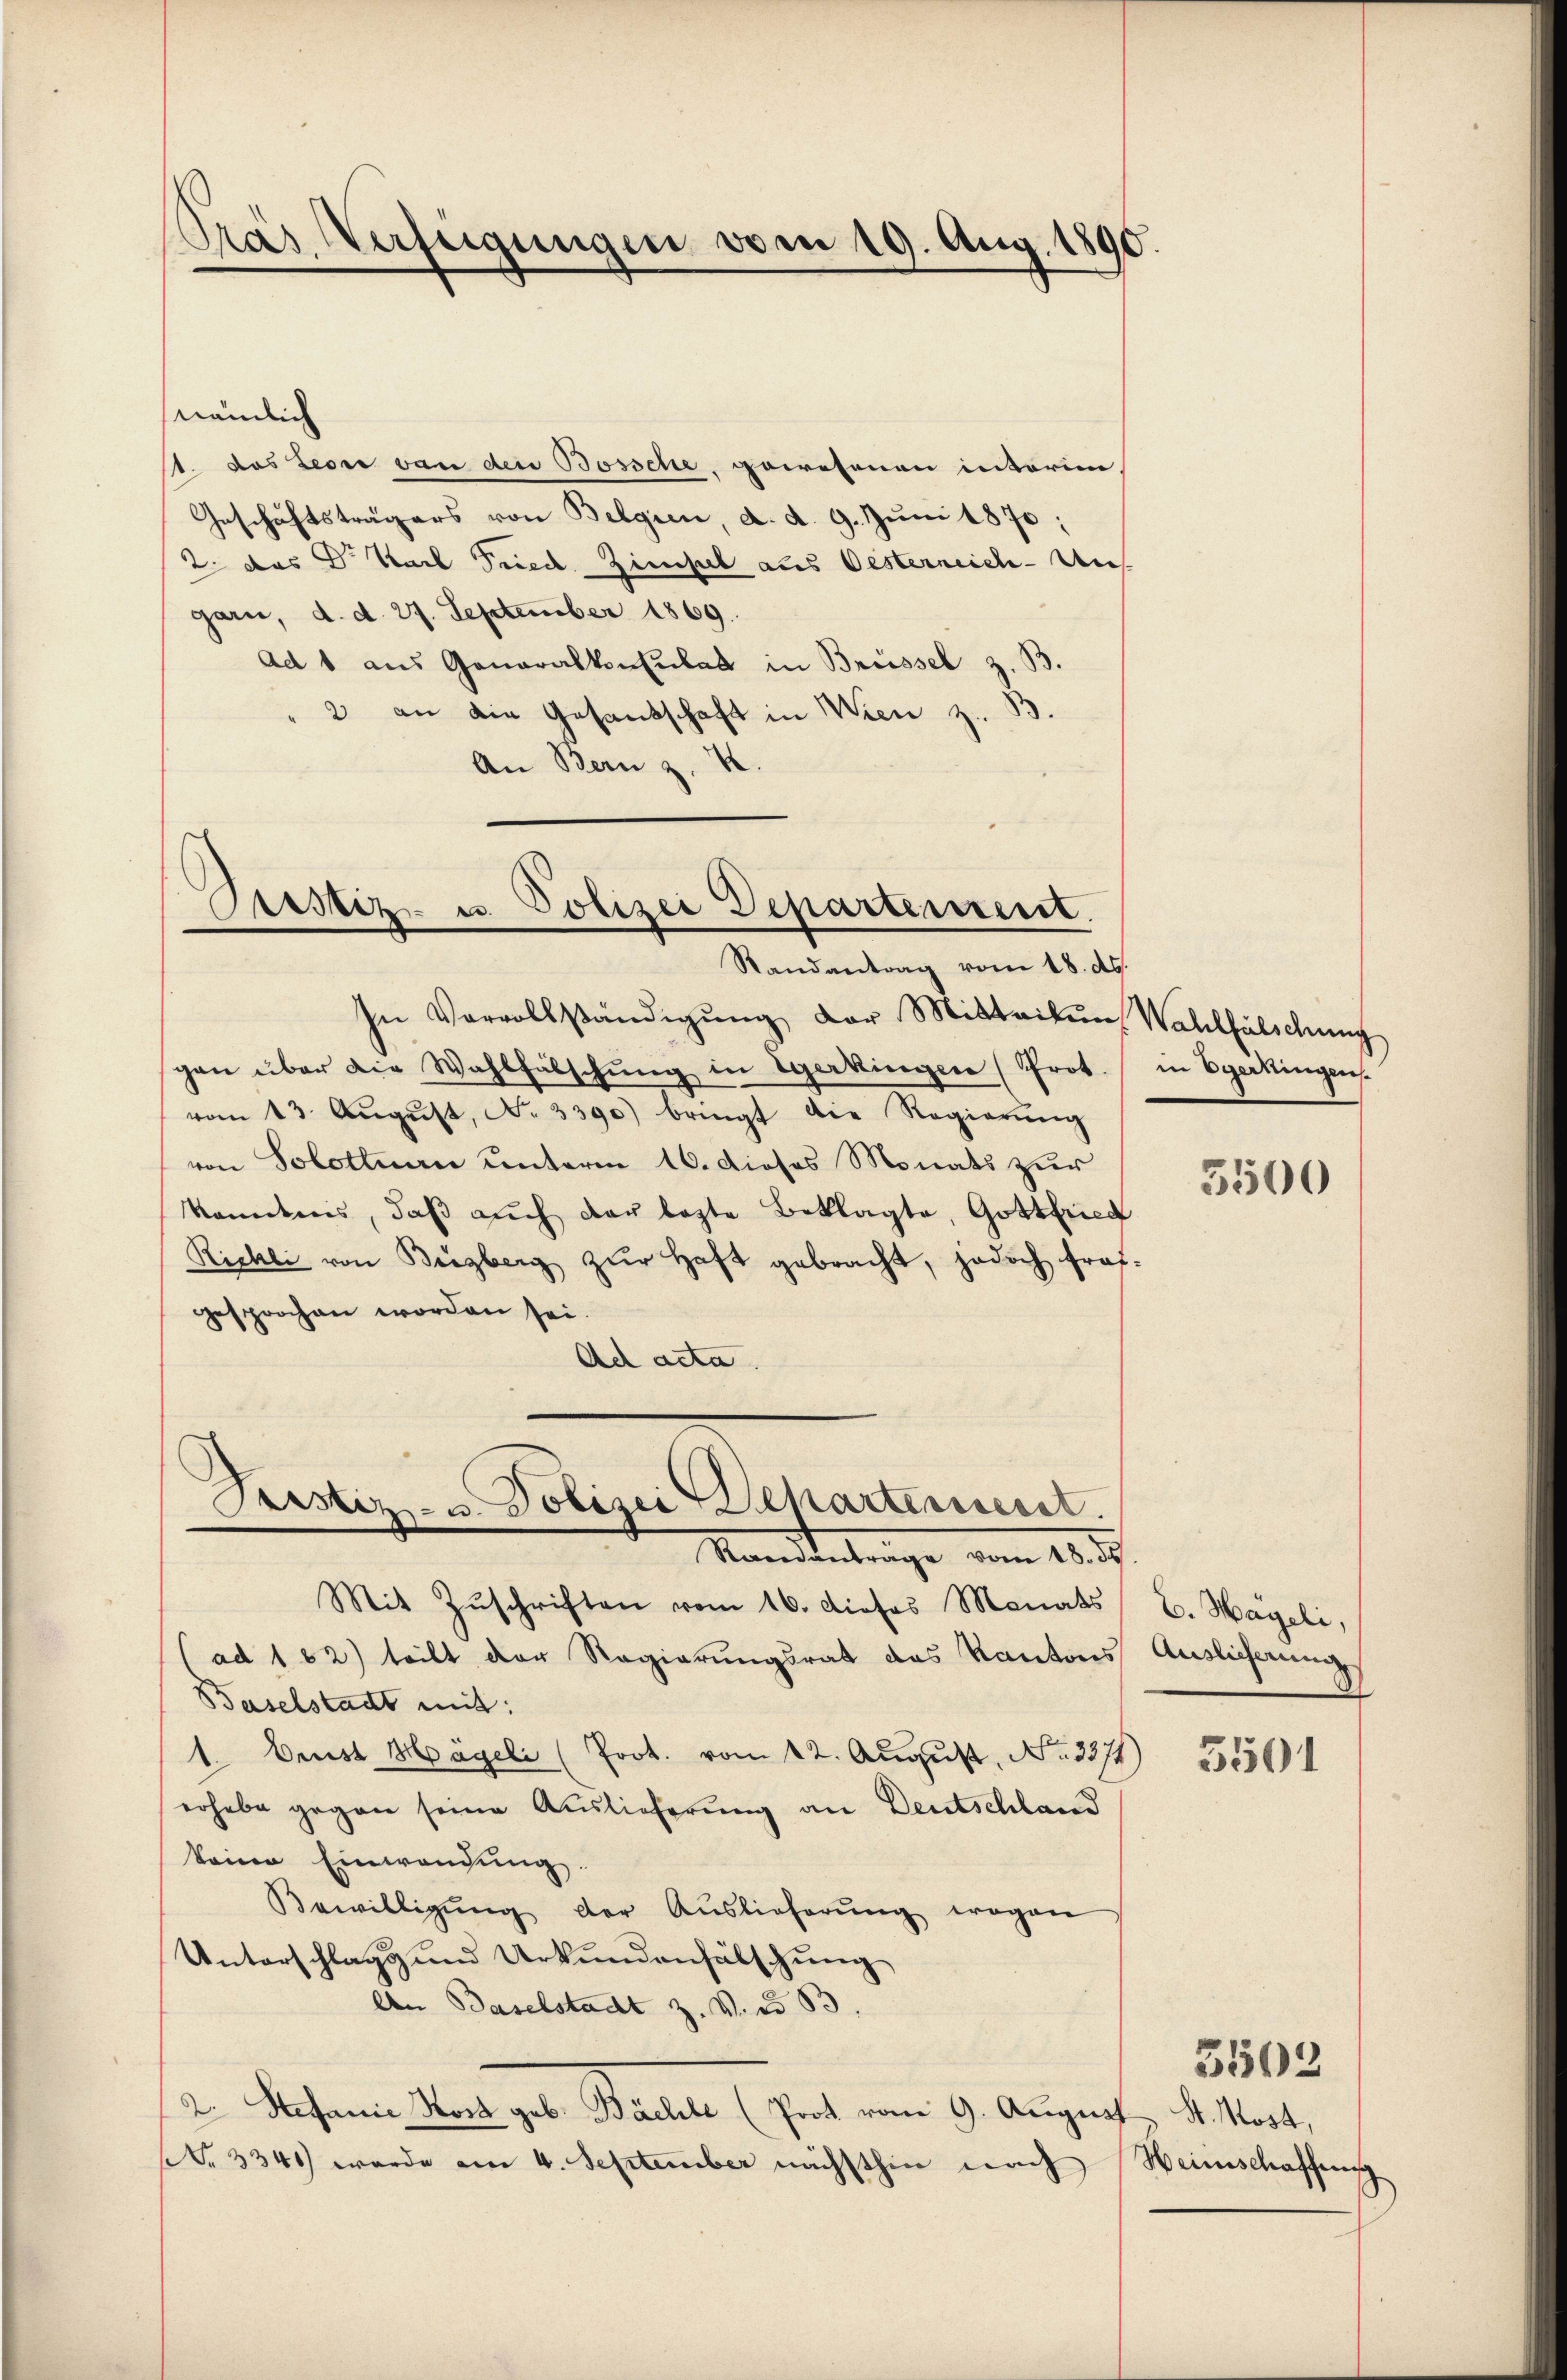
nämlich
11. das Leon von den Bossche, gewesenen interim,
Geschäftsträgers von Belgien, d. d. 9. Juni 1870;
2. das Dr. Nach Fried-Zimpel aus Oesterreich-Ungarn, d. d. 27. September 1869.
Ad 1 aus Generalkonsulat in Brüssel z. B
2 an die Gesandschaft in Wien z.
An Bern z. B.

Pras Verfügungen vom 19. Aug. 1890.

Custiz- u. Polizei Departement.
Randantrag vom 18. d.

Sistiz- & Polizei Departement.
Mandentrage vom 10. d.

In Vervollständigŭng der Mitteiten Wahlfälschung
gen über die Wahlfälschŭng in Egerkingen (Prot.
vom 13. Aŭgŭst No. 3390) bringt die Regierŭng
von Solothurn unterm 16. dieses Monats zur
kandis, daβ aŭch der legte Beklagte, Gottfried
Richli von Biegberg zŭr Haft gebracht, jedoch traf-
gesprochen worden sei.
Ad acta.

Mit Zŭschriften vom 16. dieses Monats
(ad 162) teilt der Regierungsrat des Kantons
Baselstadt mit:
1. Geist Hägeli (Prot. vom 12. Aŭgŭst No. 3371)
erhebe gegen seine Auslieferung an Deutschland
keine Einwendung.
Bewilligŭng der Auslieferŭng wegen
Unterschlags und Urkundenfälschung
An Baselstadt z. V. § 83.
2. Stefanie Nord geb. Bachte (Prot vom 9. August St. Most,
(Nr. 3340 wurde am 4. September nächsthin nach

in Egerkingen.

5500

E. Hageli,
Auslicherung

5501

Heinschaffung

3502